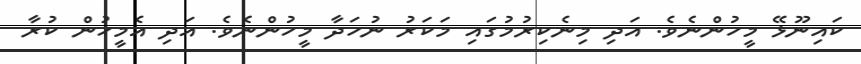
ކައިނޫޅޭ މީހުންނެވެ. އަދި މިނެކިރުމުގައި މަކަރު ނުހަދާ މީހުންނެވެ. އަދި އެމީހުން ކުރާ